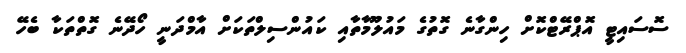
ސޮސައިޓީ އޮޕްރޭޓްކޮށް ހިންގާނެ ގޮތުގެ މައުލޫމާތާއި ކައުންސިލްތަކަށް އާމްދަނީ ހޯދޭނެ ގޮތްތަކާ ބެހޭ